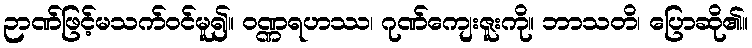
ဉာဏ်ဖြင့်မသက်ဝင်မူ၍။ ဝဏ္ဏရဟဿ၊ ဂုဏ်ကျေးဇူးကို။ ဘာသတိ၊ ပြောဆို၏။